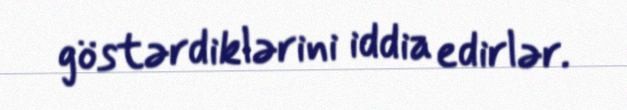
göstərdiklərini iddia edirlər.